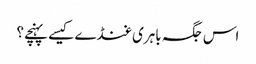
اس جگہ باہری غنڈے کیسے پہنچے؟